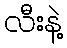
လီးနဲ့